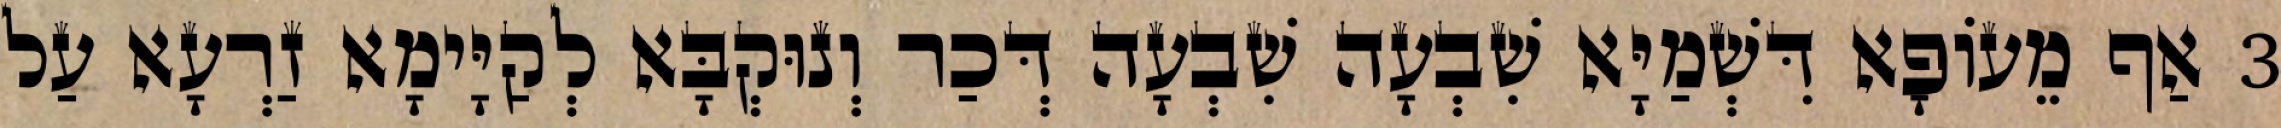
3 אַף מֵעוֹפָא דִּשְׁמַיָּא שִׁבְעָה שִׁבְעָה דְּכַר וְנוּקְבָּא לְקַיָּימָא זַרְעָא עַל